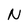
Character: N